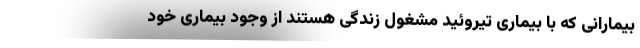
بیمارانی که با بیماری تیروئید مشغول زندگی هستند از وجود بیماری خود